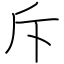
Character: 斥